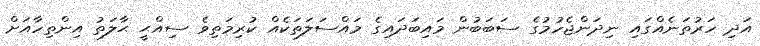
އަދި ހަރުތަނެއްގައި ނިދަންޖެހުމުގެ ސަބަބުން މައިބަދައިގެ މައްސަލަތަކެއް ކުރިމަތިވެ ސިއްޙީ ޙާލަތު އިންތިހާއަށް